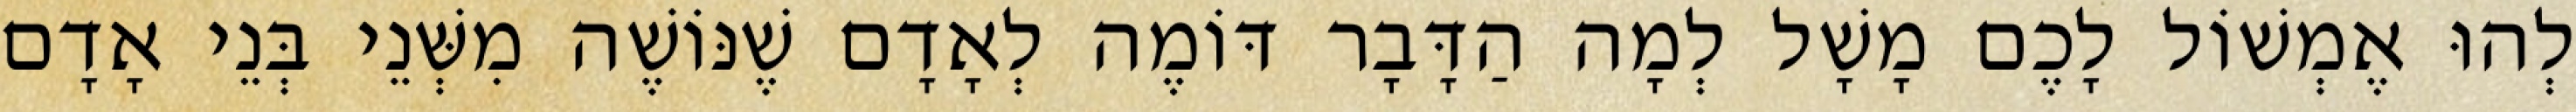
לְהוּ אֶמְשׁוֹל לָכֶם מָשָׁל לְמָה הַדָּבָר דּוֹמֶה לְאָדָם שֶׁנּוֹשֶׁה מִשְּׁנֵי בְּנֵי אָדָם